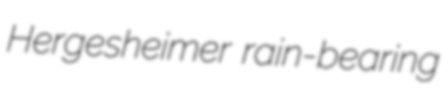
Hergesheimer rain-bearing